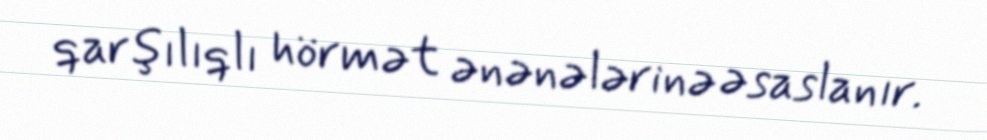
qarşılıqlı hörmət ənənələrinə əsaslanır.